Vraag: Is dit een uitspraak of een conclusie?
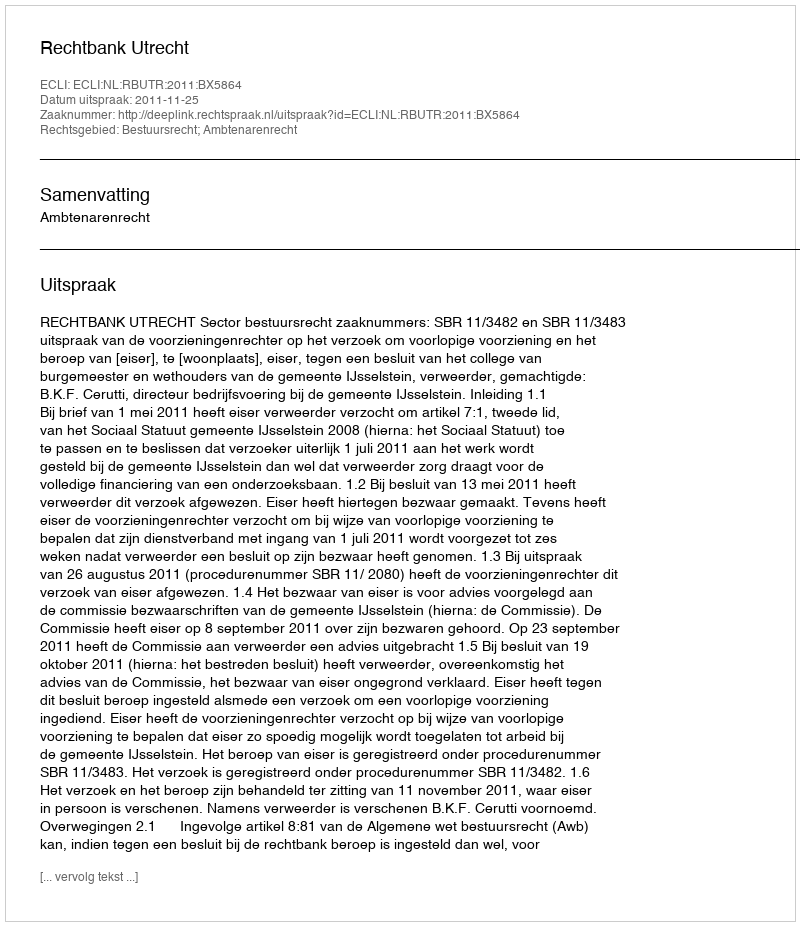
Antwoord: Uitspraak